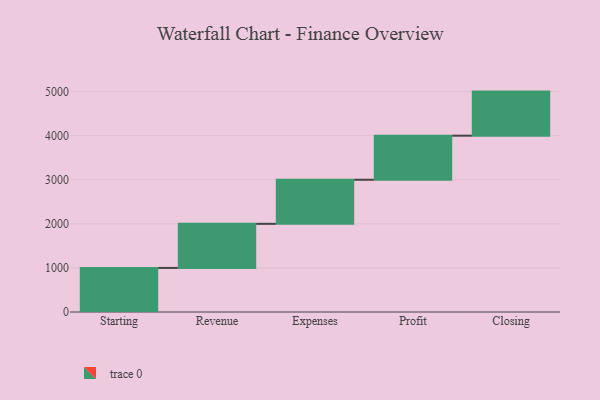
{"axis": {"x": "Step", "y": "Value"}, "legend": [""], "data": [{"x": "Starting", "y": 1000, "type": ""}, {"x": "Revenue", "y": 1000, "type": ""}, {"x": "Expenses", "y": 1000, "type": ""}, {"x": "Profit", "y": 1000, "type": ""}, {"x": "Closing", "y": 1000, "type": ""}]}